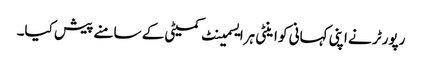
رپورٹر نے اپنی کہانی کو اینٹی ہرایسمینٹ کمیٹی کے سامنے پیش کیا۔